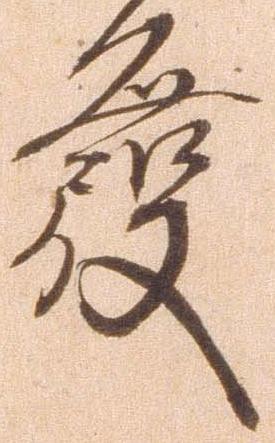
発